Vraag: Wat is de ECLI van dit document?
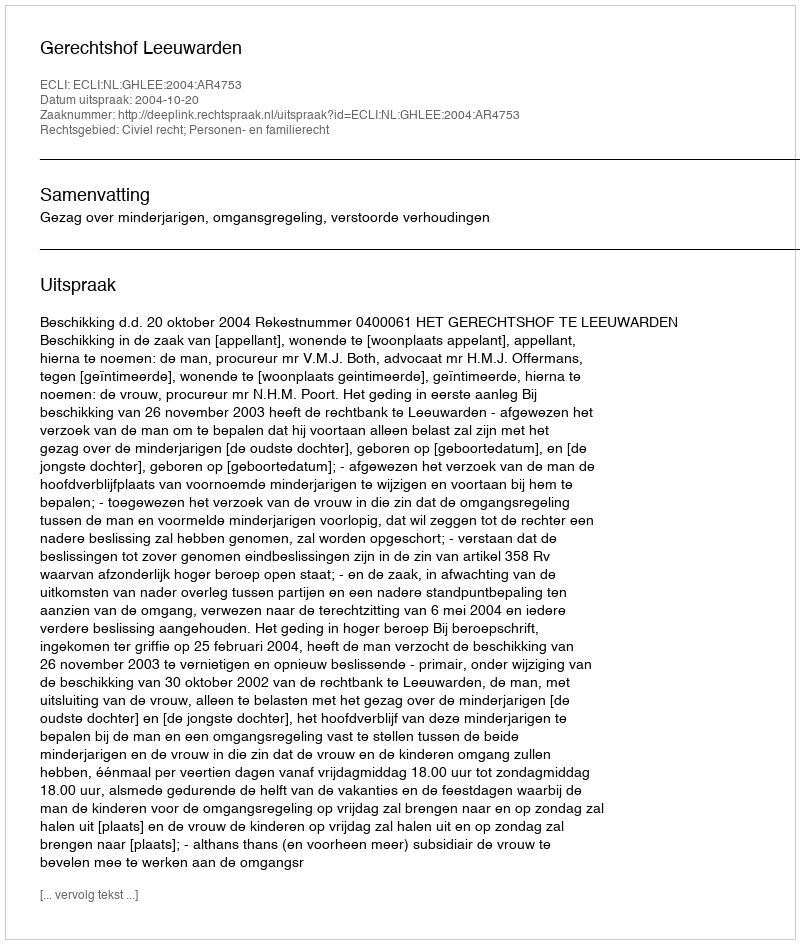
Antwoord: ECLI:NL:GHLEE:2004:AR4753